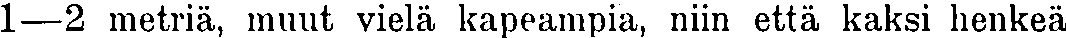
1—2 metriä, muut vielä kapeampia, niin että kaksi henkeä